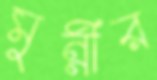
মুন্নীর